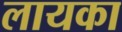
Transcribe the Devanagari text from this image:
लायका